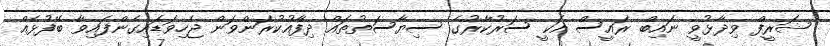
ޝަރީފް ވިދާޅުވީ ނައިބް ރައީސް އަކީ ސަރުކާރުގެ ސިޔާސަތުތައް ދިފާއުކުރަންވަން ޖެހިވަޑައިގެންފައިވާ ބޭފުޅެއް